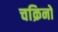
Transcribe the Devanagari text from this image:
चक्रिनो